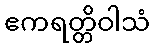
ဧကရတ္တိဝါသံ